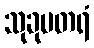
သုခုမတရံ